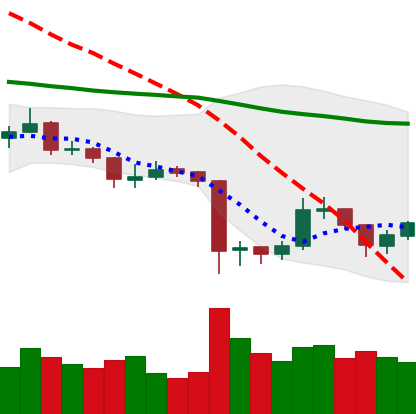
Ticker: XRP-USD
Chart end date: 2019-08-23
Forward return: -6.905%
Label: down_5_7